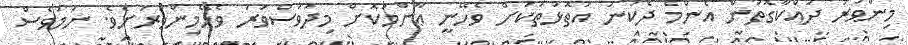
މިންވަރު ދައްކާގޮތުން އެންމެ ދެކުނު އަތޮޅުތަކަށް ވެހޭނީ ޢާންމުކޮށް މިދުވަސްވަރު ވެހޭމިންވަރަށެވެ. ނަމަވެސް